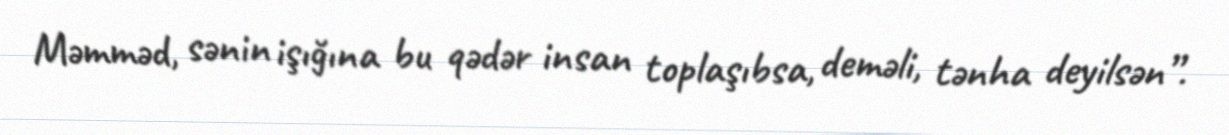
Məmməd, sənin işığına bu qədər insan toplaşıbsa, deməli, tənha deyilsən”.